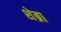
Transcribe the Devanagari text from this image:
शेब्रा